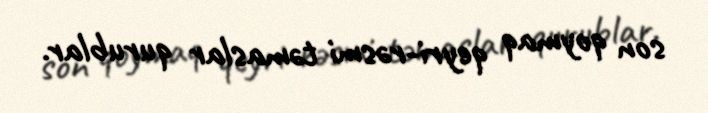
son qoymaq qeyri-rəsmi təmaslar qurublar.